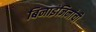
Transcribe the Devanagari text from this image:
बिनाइंजिनांची